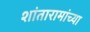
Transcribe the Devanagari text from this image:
शांतारामांच्या